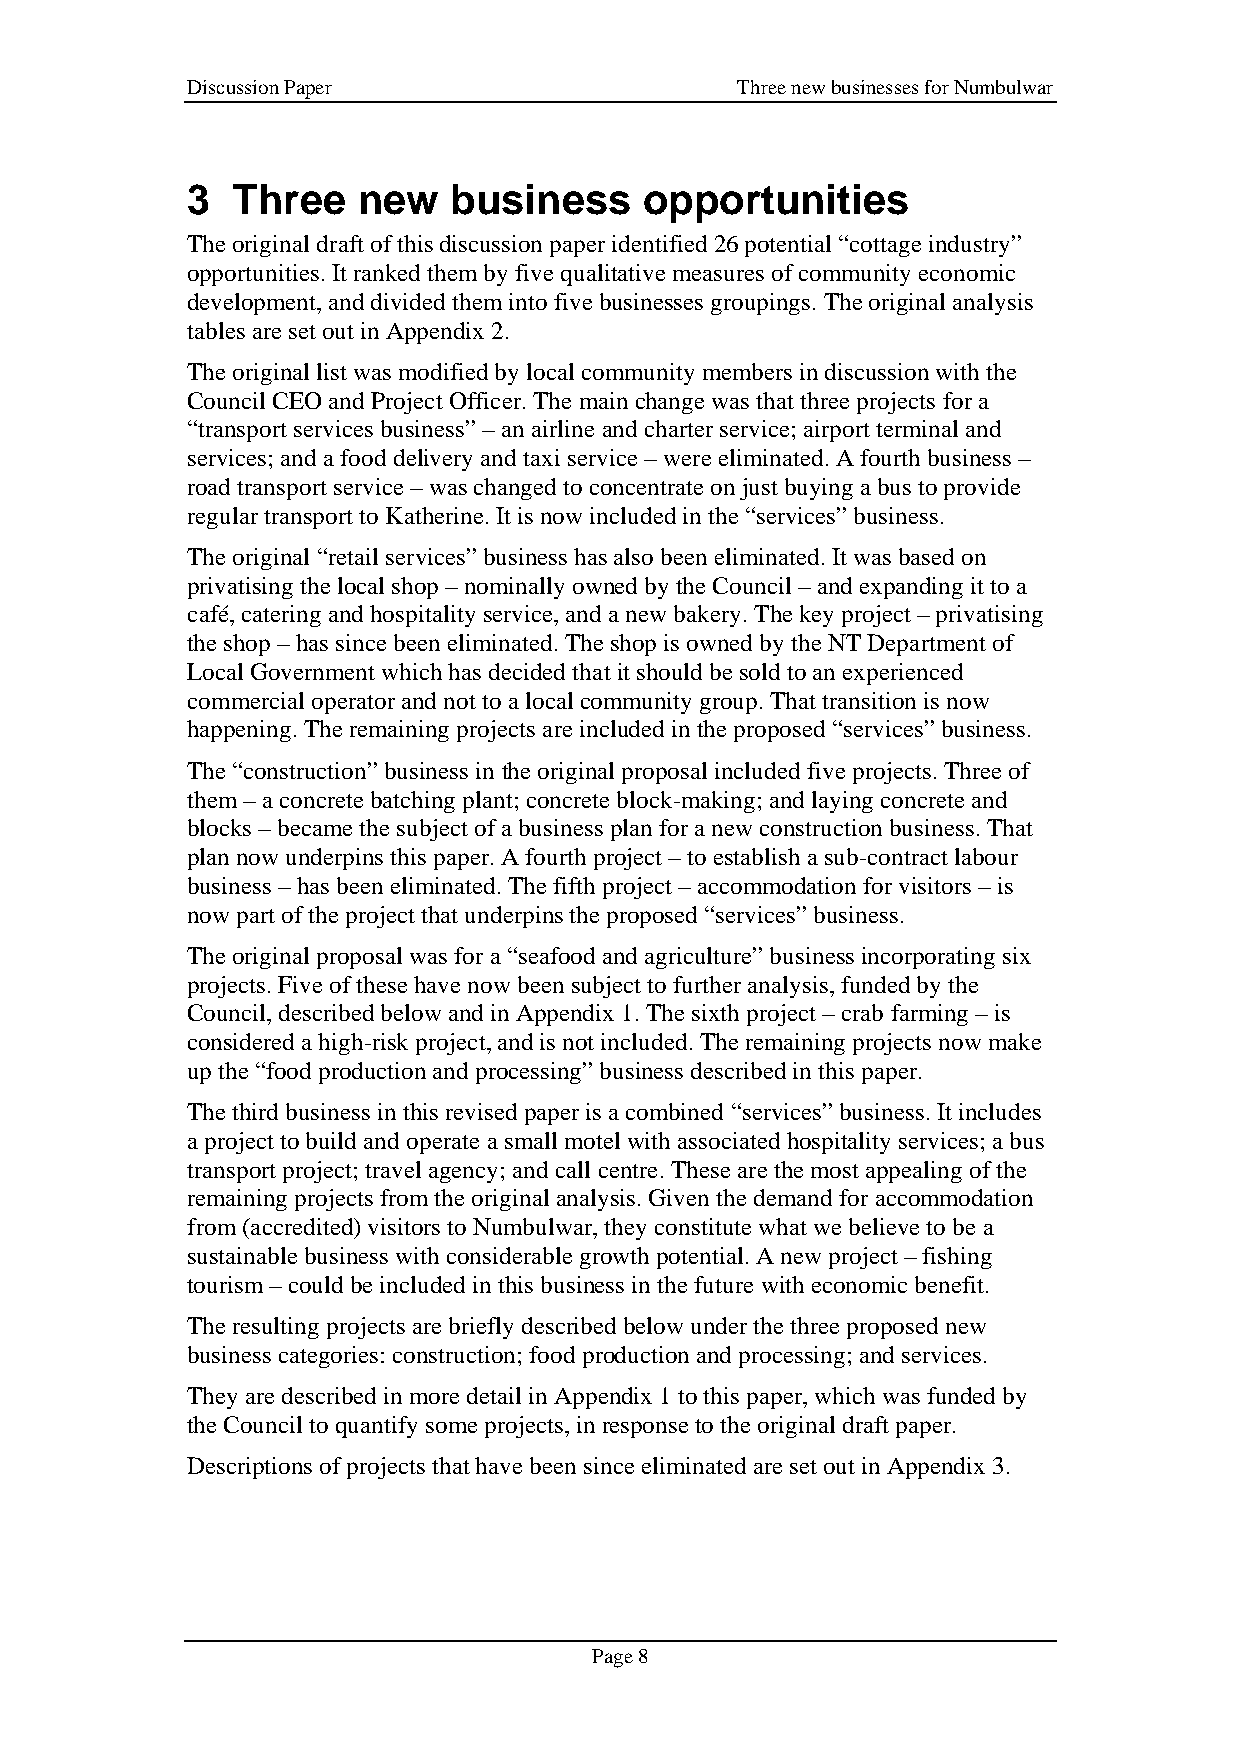
Discussion Paper                     Three new businesses for Numbulwar
 3  Three    new   business     opportunities
 The original draft of this discussion paper identified 26 potential “cottage industry”
 opportunities. It ranked them by five qualitative measures of community economic
 development, and divided them into five businesses groupings. The original analysis
 tables are set out in Appendix 2.
 The original list was modified by local community members in discussion with the
 Council CEO and Project Officer. The main change was that three projects for a
 “transport services business” – an airline and charter service; airport terminal and
 services; and a food delivery and taxi service – were eliminated. A fourth business –
 road transport service – was changed to concentrate on just buying a bus to provide
 regular transport to Katherine. It is now included in the “services” business.
 The original “retail services” business has also been eliminated. It was based on
 privatising the local shop – nominally owned by the Council – and expanding it to a
 café, catering and hospitality service, and a new bakery. The key project – privatising
 the shop – has since been eliminated. The shop is owned by the NT Department of
 Local Government which has decided that it should be sold to an experienced
 commercial operator and not to a local community group. That transition is now
 happening. The remaining projects are included in the proposed “services” business.
 The “construction” business in the original proposal included five projects. Three of
 them – a concrete batching plant; concrete block-making; and laying concrete and
 blocks – became the subject of a business plan for a new construction business. That
 plan now underpins this paper. A fourth project – to establish a sub-contract labour
 business – has been eliminated. The fifth project – accommodation for visitors – is
 now part of the project that underpins the proposed “services” business.
 The original proposal was for a “seafood and agriculture” business incorporating six
 projects. Five of these have now been subject to further analysis, funded by the
 Council, described below and in Appendix 1. The sixth project – crab farming – is
 considered a high-risk project, and is not included. The remaining projects now make
 up the “food production and processing” business described in this paper.
 The third business in this revised paper is a combined “services” business. It includes
 a project to build and operate a small motel with associated hospitality services; a bus
 transport project; travel agency; and call centre. These are the most appealing of the
 remaining projects from the original analysis. Given the demand for accommodation
 from (accredited) visitors to Numbulwar, they constitute what we believe to be a
 sustainable business with considerable growth potential. A new project – fishing
 tourism – could be included in this business in the future with economic benefit.
 The resulting projects are briefly described below under the three proposed new
 business categories: construction; food production and processing; and services.
 They are described in more detail in Appendix 1 to this paper, which was funded by
 the Council to quantify some projects, in response to the original draft paper.
 Descriptions of projects that have been since eliminated are set out in Appendix 3.
 Page 8